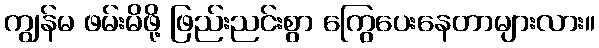
ကျွန်မ ဖမ်းမိဖို့ ဖြည်းညင်းစွာ ကြွေပေးနေတာများလား။